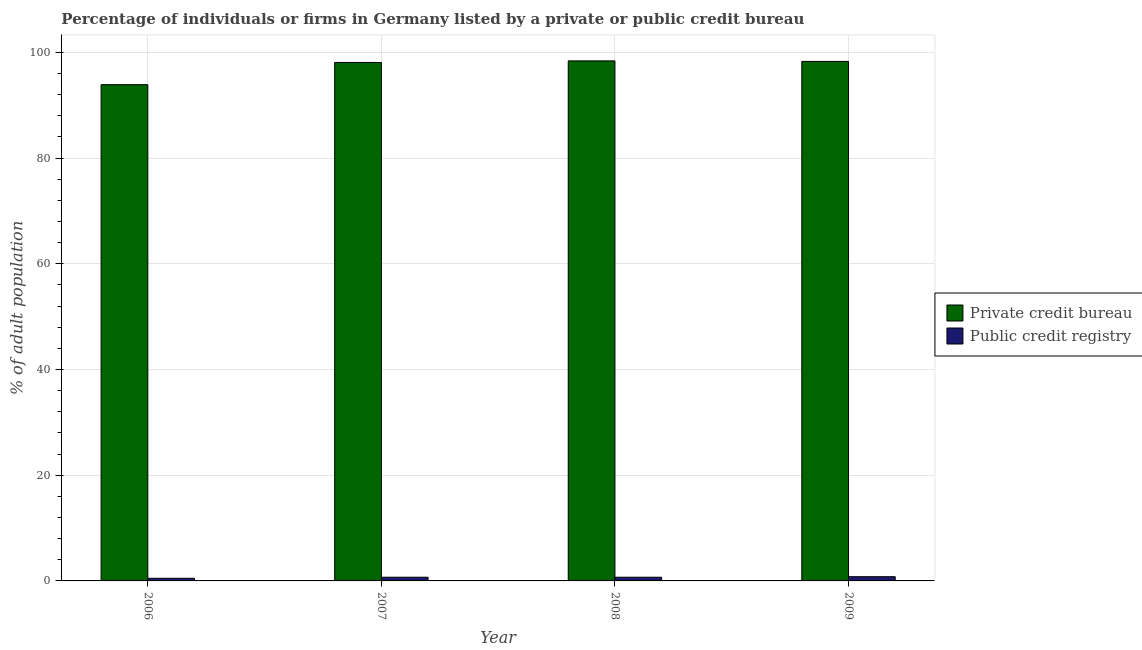
| Year | Private credit bureau | Public credit registry |
 | --- | --- | --- |
 | 2006 | 93.9 | 0.5 |
 | 2007 | 98.1 | 0.7 |
 | 2008 | 98.4 | 0.7 |
 | 2009 | 98.3 | 0.8 |